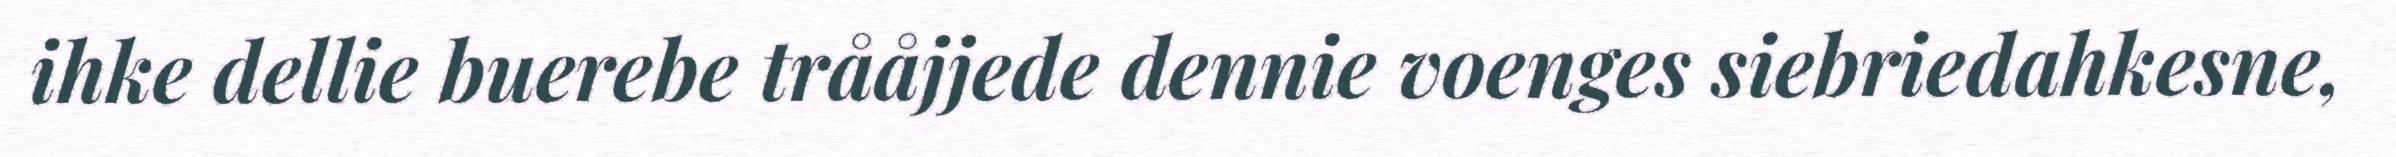
ihke dellie buerebe trååjjede dennie voenges siebriedahkesne,